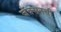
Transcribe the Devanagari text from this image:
जॅक्सनची